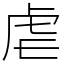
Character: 虐